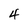
Character: 4